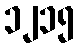
၁၂၁၅